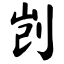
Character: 剀